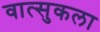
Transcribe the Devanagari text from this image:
वात्सुकला